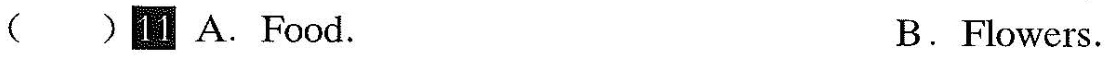
()国 A.Food. B.Flowers.